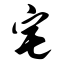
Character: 宅